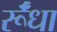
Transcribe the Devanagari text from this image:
र्रूँधा